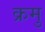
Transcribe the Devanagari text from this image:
क्रमु